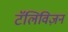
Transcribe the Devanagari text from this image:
टॅलिविज़न